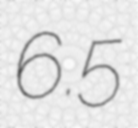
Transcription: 6.5